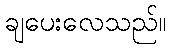
ချပေးလေသည်။